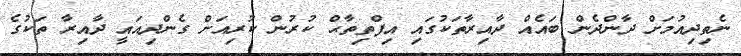
ނެތިދިއުމަށް ދާންދެން ބައެއް ދާއިރާތަކުގައި އިފްތިތާޙް ކުރުން ކުރިއަށް ގެންދިއައީ ދާއިރާ ތަކުގެ